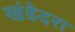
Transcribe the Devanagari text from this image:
खंडेदरा